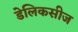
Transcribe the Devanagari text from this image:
डेलिकसीज